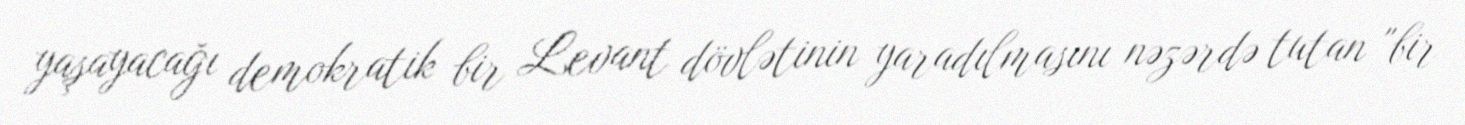
yaşayacağı demokratik bir Levant dövlətinin yaradılmasını nəzərdə tutan "bir